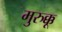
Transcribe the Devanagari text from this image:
मुरुक्कू